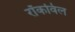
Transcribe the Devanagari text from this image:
रॉकविल